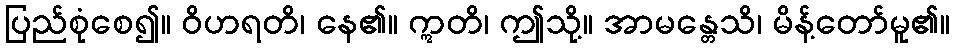
ပြည်စုံစေ၍။ ဝိဟရတိ၊ နေ၏။ ဣတိ၊ ဤသို့။ အာမန္တေသိ၊ မိန့်တော်မူ၏။